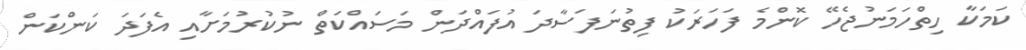
ކަމަކާ ހިތްހަމަނުޖެހޭ ކޮންމެ ފަހަރަކު ފިތުނަފަސާދަ އުފައްދަން މަސައްކަތް ނުކުރުމަށާއި އެފަދަ ކަންކަން